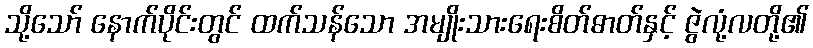
သို့သော် နောက်ပိုင်းတွင် ထက်သန်သော အမျိုးသားရေးစိတ်ဓာတ်နှင့် ဇွဲလုံ့လတို့၏